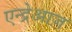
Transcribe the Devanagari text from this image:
एन्द्रेआज़